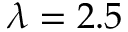
\lambda = 2 . 5